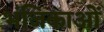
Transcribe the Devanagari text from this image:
भंजिकाओं